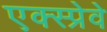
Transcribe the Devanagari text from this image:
एक्स्प्रेवे